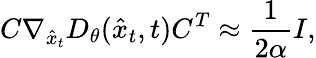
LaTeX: C\nabla_{\hat{x}_{t}}D_{\theta}(\hat{x}_{t},t)C^{T}\approx\frac{1}{2\alpha}I,